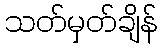
သတ်မှတ်ချိန်